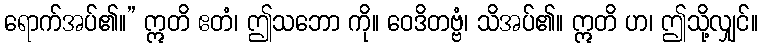
ရောက်အပ်၏။” ဣတိ ဧတံ၊ ဤသဘော ကို။ ဝေဒိတဗ္ဗံ၊ သိအပ်၏။ ဣတိ ဟ၊ ဤသို့လျှင်။